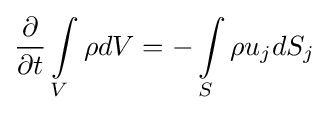
{\frac {\partial }{\partial t}}\int \limits _{V}\rho dV=-\int \limits _{S}\rho u_{j}dS_{j}